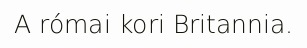
A római kori Britannia.